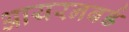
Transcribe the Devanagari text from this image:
आयरनबर्ड